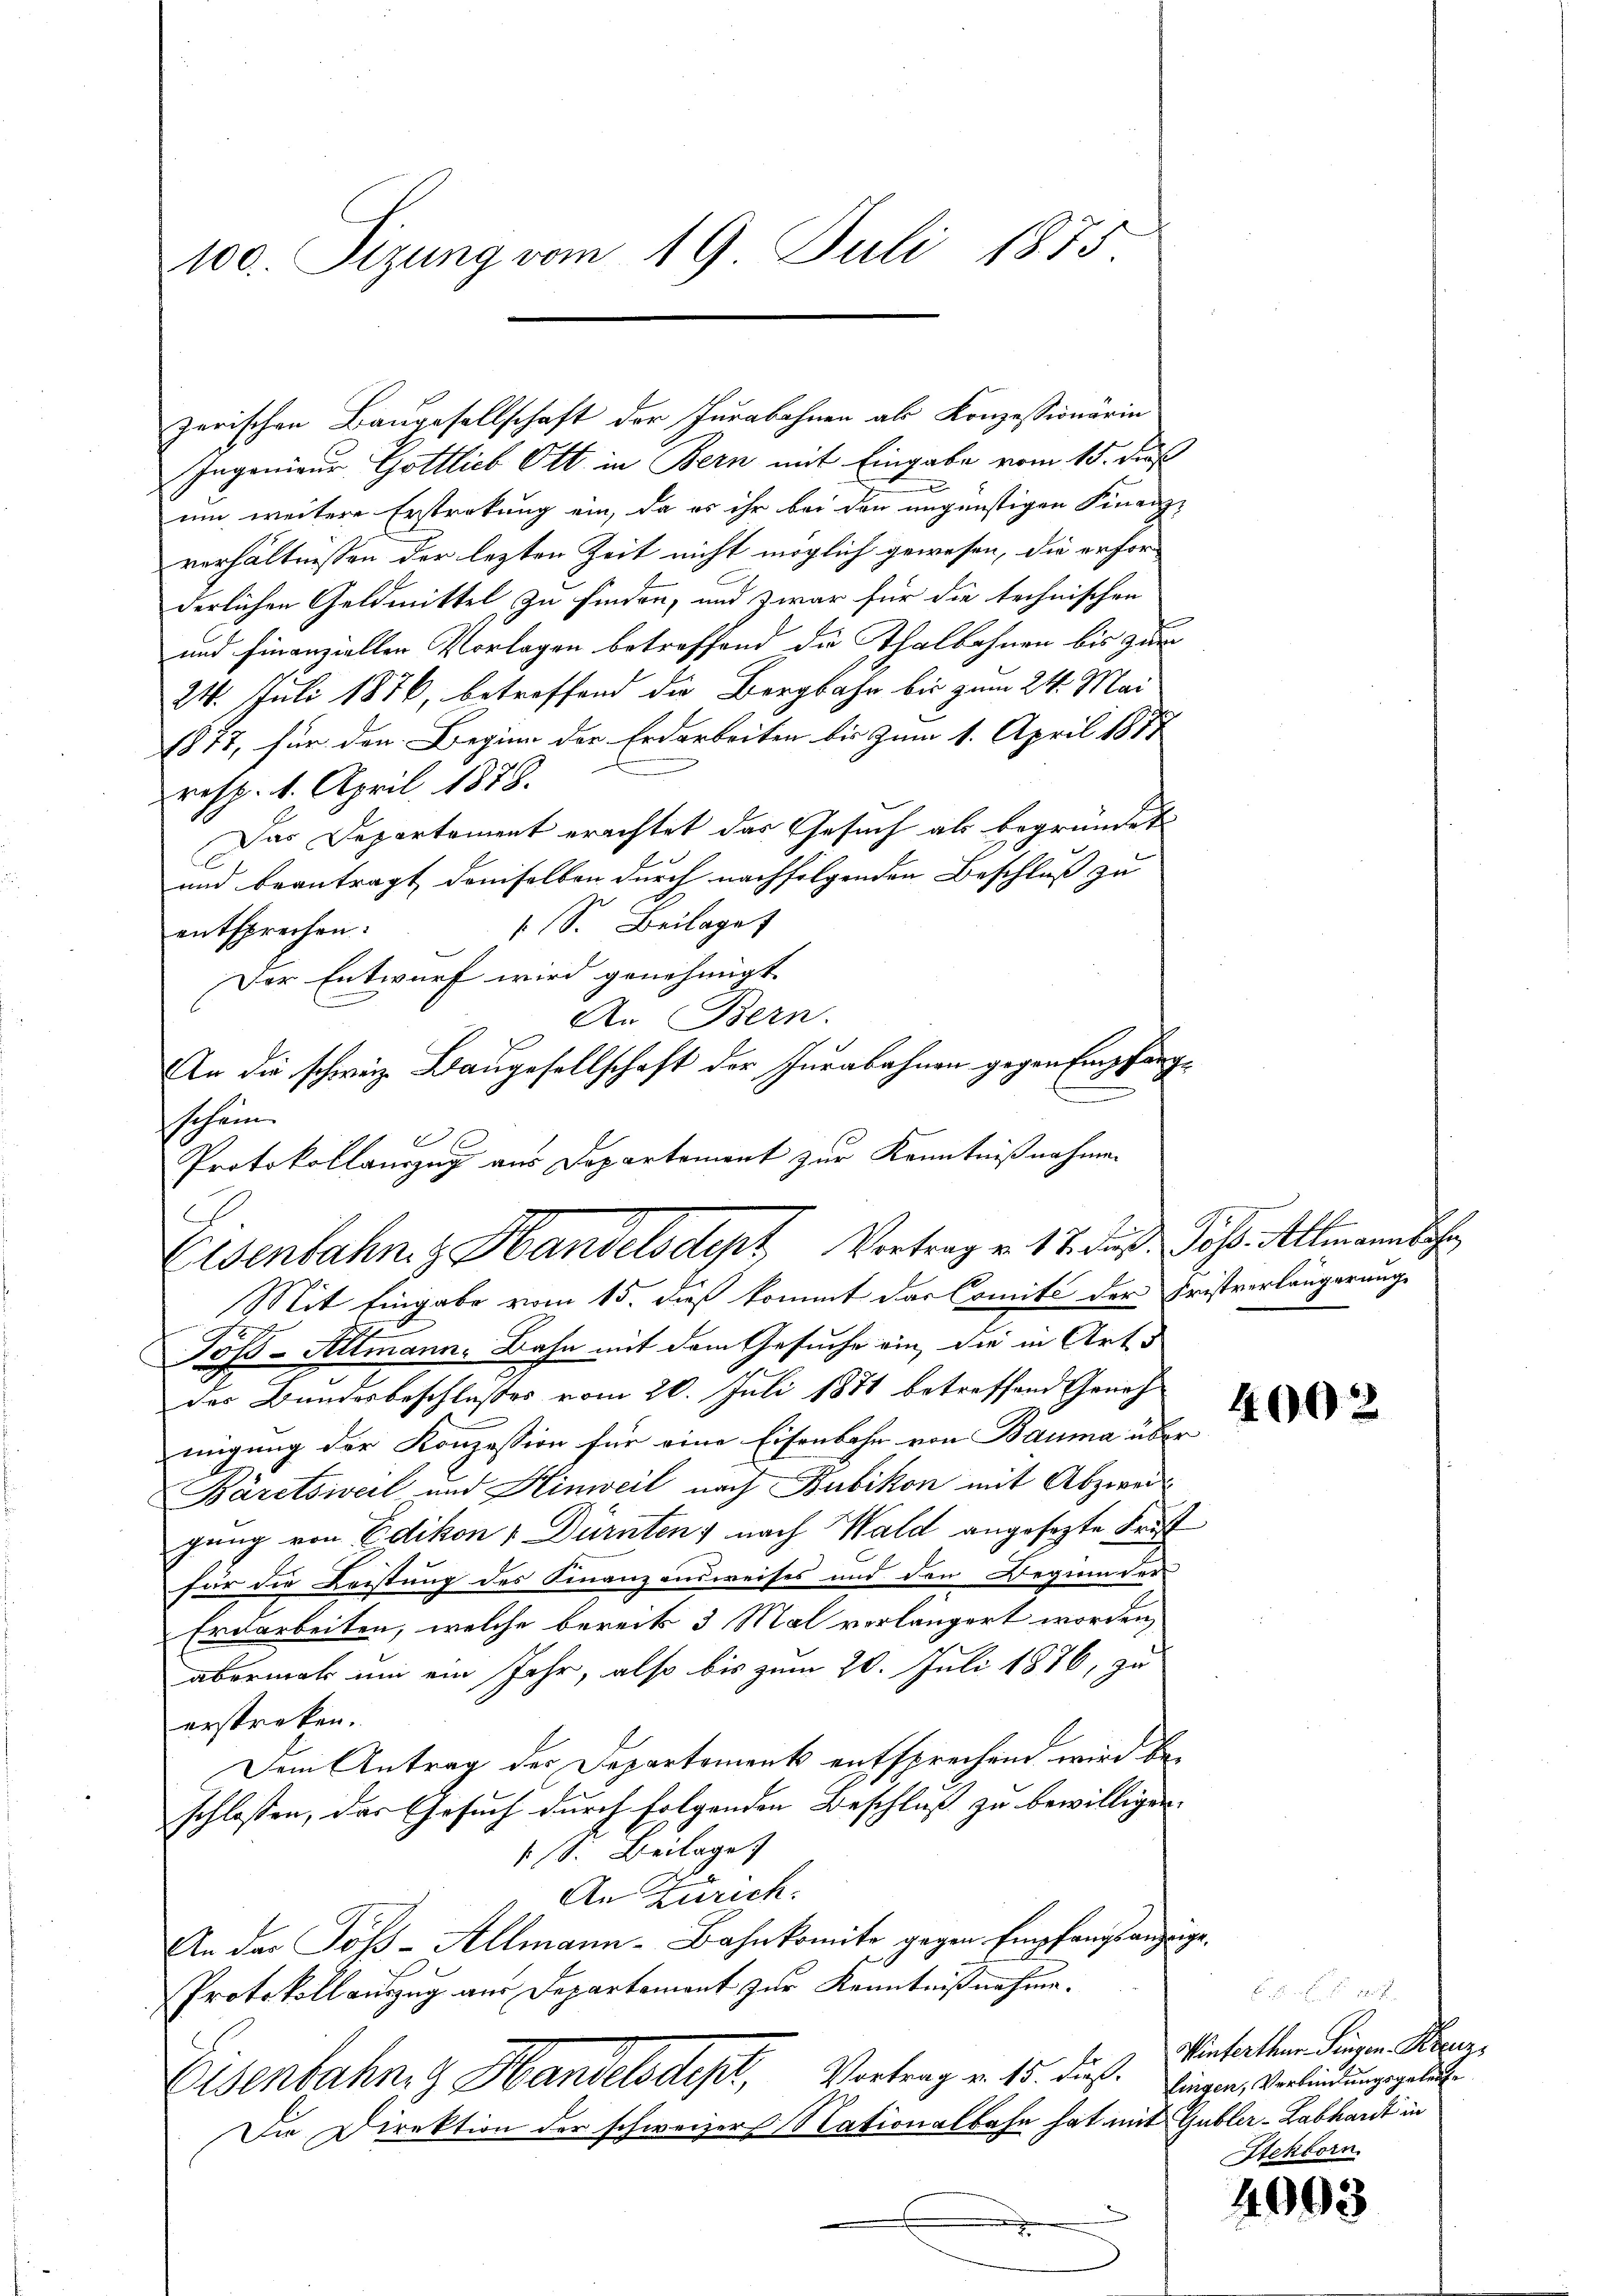
100. Sizung vom 19. Juli 1875

Ingenieur Gottlich Ott in Bern mit Eingabe vom 15. Fuß
um weitere Erstrakung ein, da es ihr bei den ungünstigen Finanz-
verhältnissen der lezten Zeit nicht möglich gewesen, die erforderlichen Geldmittel zu finden, und zwar für die technischen
und finanziellen Vorlagen betreffend die Thalbahnen bis zur
24. Juli 1876, betreffend die Bergbahn bis zum 24. Mai
1877, für den Beginn der Erdarbeiten bis zum 1. April 1872
resp. 1. April 1878.
Das Departament erachtet das Gesuch als begründet
und beantragt demselben durch nachfolgenden Beschluß zu
 S. Beilage
entsprechen:
Der Entwurf wird genehmigt.
e
An Bern.
An die schweiz. Baugesellschaft der Jurabahnen gegen Empfangschein.
e
Protokollauszug aus Departement zur Kenntnißnahmen
Mit Eingabe vom 15. dieß kommt das Comité der Fristverlängerung
Toss-Altmann. Bahn mit dem Gesuche ein, die in Art.
des Bundesbeschlosses vom 20. Juli 1871 betreffend Genehmigung der Konzession für eine Eisenbahn von Bauma über
Bäretsweil und Hinweil nach Bubikon mit Abzweigung von Edikon & Dürnten) nach Wald angesezte Frist
für die Leistung des Finanzausweises und den Regien der
Erdarbeiten, welche bereits 3 Mal vorlängert worden,
abermals um ein Jahr, also bis zum 20. Juli 1876, zu
erstreken.
Dem Antrag des Departement entsprechend wird beschlossen, das Gesuch durch folgenden Beschluß zu bewilligen.
 (S. Beilage
An Zürich:
An der Töß-Allmann-Bahnkomite gegen Empfangsanzüge,
Protokoll auszug aus Departemont zur Kenntnißnahme.
Eisenbahne Handelsdept, Vortrag v. 15. dieß. Einern, Verbindungsgelit
Die Direktion der schweizer Nationalbahn hat mit Gubler-Labhardt in

zerischen Baugesellschaft der Jurabohnen als Konzessionärin

Eisenbahn z. Handelsdept, Vortrag v. 17. daß Jos. Allmann beh

4002

.
Vinferten Fingen Heer,
Steckborn

4093